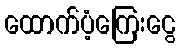
ထောက်ပံ့ကြေးငွေ